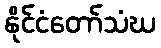
နိုင်ငံတော်သံဃ